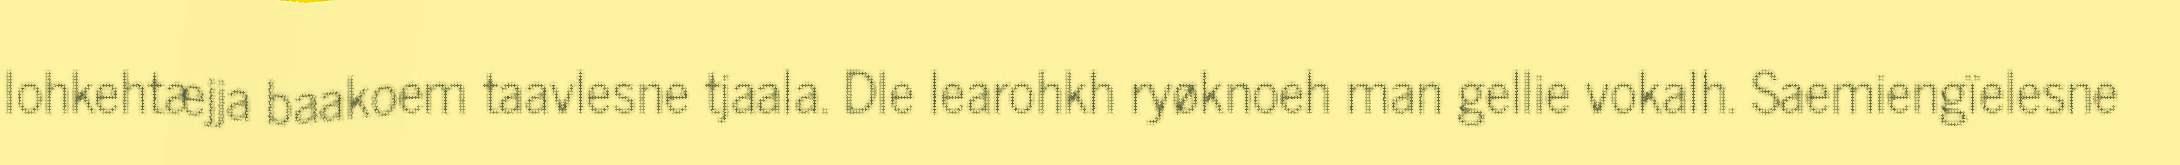
lohkehtæjja baakoem taavlesne tjaala. Dle learohkh ryøknoeh man gellie vokalh. Saemiengïelesne